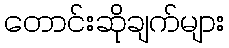
တောင်းဆိုချက်များ